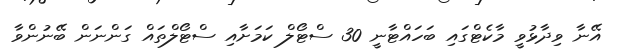
އޭނާ ވިދާޅުވީ މާކެޓްގައި ބަހައްޓާނީ 30 ސްޓޯލް ކަމަށާއި ސްޓޯލްތައް ގަންނަން ބޭނުންވާ